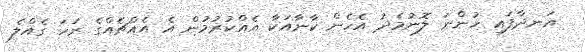
އަނދާފައި ހުންނަ ލޮނުމެދު އެހެން ކާނާއަކާ އެއްކުރުމުން އެ އެއްޗެއްގެ ރަހަ ގެއްލެ